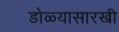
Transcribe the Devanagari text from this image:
डोळ्यासारखी